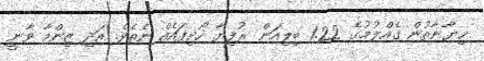
ހިޔާނާތުން ގެއްލުމުގެ 1.22 ބިލިއަން ރުފިޔާ ހޯދިފައެއް ނެތެވެ. އަދި ޒިންމާ ވާނީ